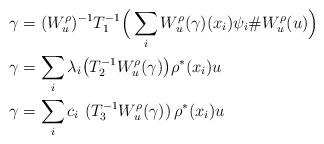
LaTeX: \begin{align*} \gamma &= (W^\rho_u)^{-1} T^{-1}_1 \Big(\sum_i W^\rho_u(\gamma)(x_i) \psi _i \# W^\rho_u(u)\Big)\\ \gamma &= \sum_i \lambda_i\big(T^{-1}_2 W^\rho_u(\gamma)\big)\rho^*(x_i)u\\ \gamma &= \sum_i c_i\,\,(T^{-1}_3 W^\rho_u(\gamma))\,\rho^*(x_i)u \end{align*}